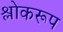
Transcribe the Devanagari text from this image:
श्लोकरूप